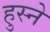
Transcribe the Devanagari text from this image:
हुस्ने